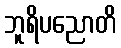
ဘူရိပညောတိ